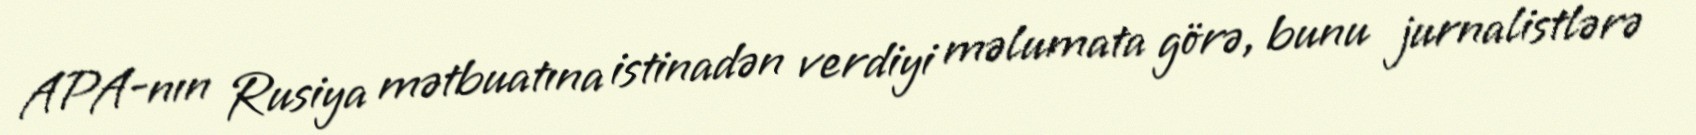
APA-nın Rusiya mətbuatına istinadən verdiyi məlumata görə, bunu jurnalistlərə